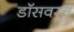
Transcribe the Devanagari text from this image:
डॉसवरच